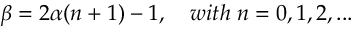
\beta = 2 \alpha ( n + 1 ) - 1 , \quad w i t h \; n = 0 , 1 , 2 , . . .